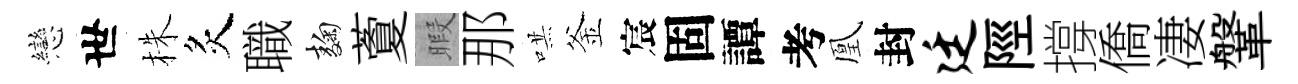
戀世株炙職麹藑暇那哄釜宸固譚考凰封廷陘撐僑凄鞶